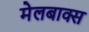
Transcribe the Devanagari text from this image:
मेलबाक्स